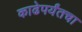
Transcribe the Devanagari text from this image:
काढेपर्यंतचा